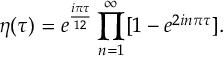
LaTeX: \displaystyle \eta ( \tau ) = e ^ { \frac { i \pi \tau } { 1 2 } } \prod _ { n = 1 } ^ { \infty } [ 1 - e ^ { 2 i n \pi \tau } ] .